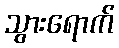
သွားရောက်